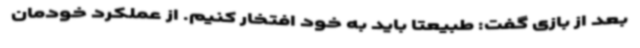
بعد از بازی گفت: طبیعتا باید به خود افتخار کنیم. از عملکرد خودمان